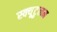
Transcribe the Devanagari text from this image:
स्क्यूटुलम